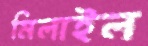
মিলাইল